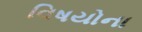
વિષયોના